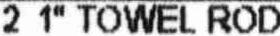
2 1" TOWEL ROD